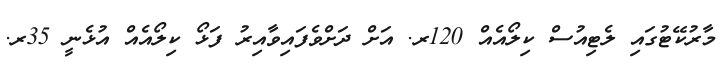
މާރުކޭޓުގައި ލެޓިއުސް ކިލޯއެއް 120ރ. އަށް ދަށްވެފައިވާއިރު ފަޅޯ ކިލޯއެއް އުޅެނީ 35ރ.